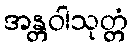
အန္တဝါသုတ္တံ